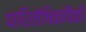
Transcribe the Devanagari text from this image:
पारितोषिकांपैकी